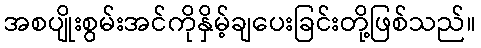
အစပျိုးစွမ်းအင်ကိုနှိမ့်ချပေးခြင်းတို့ဖြစ်သည်။